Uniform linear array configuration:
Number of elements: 16
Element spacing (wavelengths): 0.75
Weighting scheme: cosine
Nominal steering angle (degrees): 45
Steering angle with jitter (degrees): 46.936
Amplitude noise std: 0.05
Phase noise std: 0.05

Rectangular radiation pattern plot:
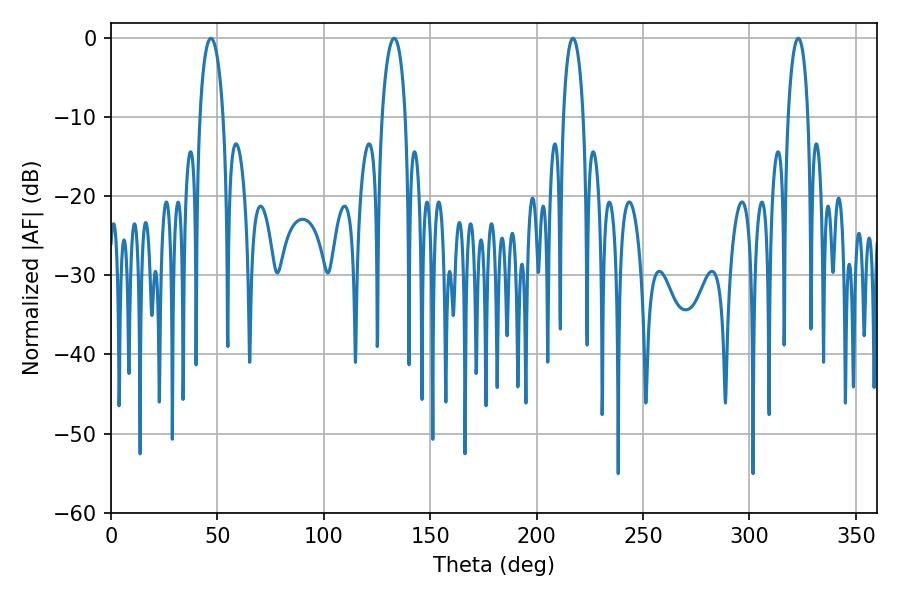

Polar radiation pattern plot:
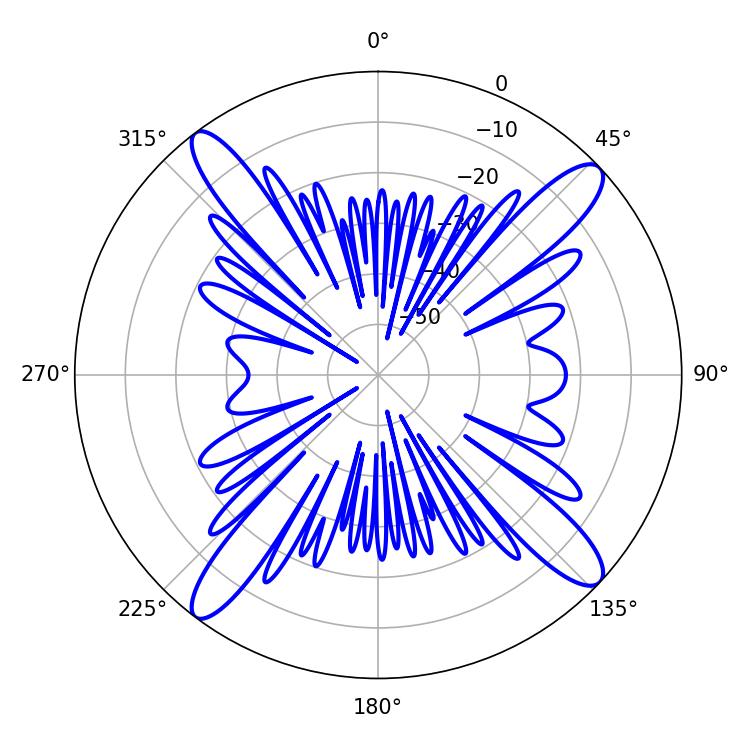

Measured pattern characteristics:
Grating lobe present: TRUE
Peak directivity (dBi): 15.676
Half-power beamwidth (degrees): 6.3
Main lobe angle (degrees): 46.98